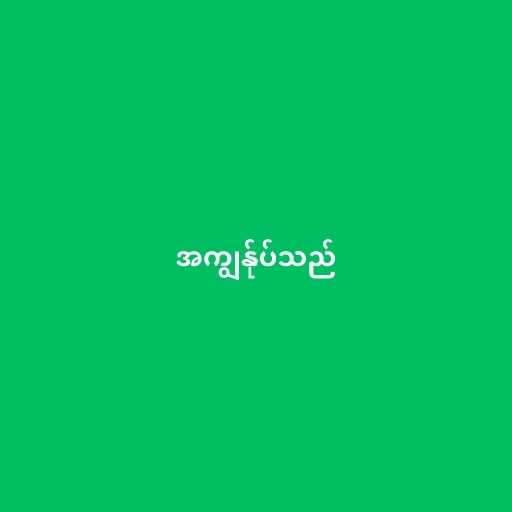
အကျွန်ုပ်သည်